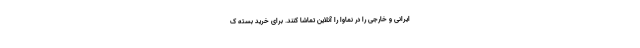
ایرانی و خارجی را در نماوا را آنلاین تماشا کنند. برای خرید بسته ک